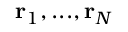
\mathbf { r } _ { 1 } , . . . , \mathbf { r } _ { N }